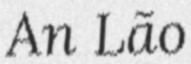
An Lão